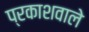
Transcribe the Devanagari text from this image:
प्रकाशवाले